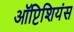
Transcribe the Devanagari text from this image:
ऑप्टिशियंस